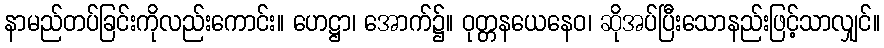
နာမည်တပ်ခြင်းကိုလည်းကောင်း။ ဟေဋ္ဌာ၊ အောက်၌။ ဝုတ္တနယေနေဝ၊ ဆိုအပ်ပြီးသောနည်းဖြင့်သာလျှင်။